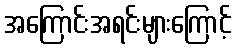
အကြောင်းအရင်းများကြောင့်